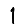
Digit: 1